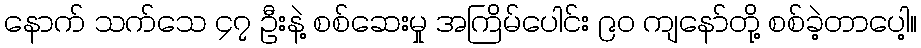
နောက် သက်သေ ၄၇ ဦးနဲ့ စစ်ဆေးမှု အကြိမ်ပေါင်း ၉၀ ကျနော်တို့ စစ်ခဲ့တာပေါ့။